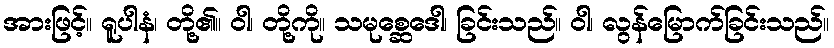
အားဖြင့်။ ရူပါနံ၊ တို့၏။ ဝါ၊ တို့ကို။ သမုစ္ဆေဒေါ၊ ခြင်းသည်။ ဝါ၊ လွန်မြောက်ခြင်းသည်။